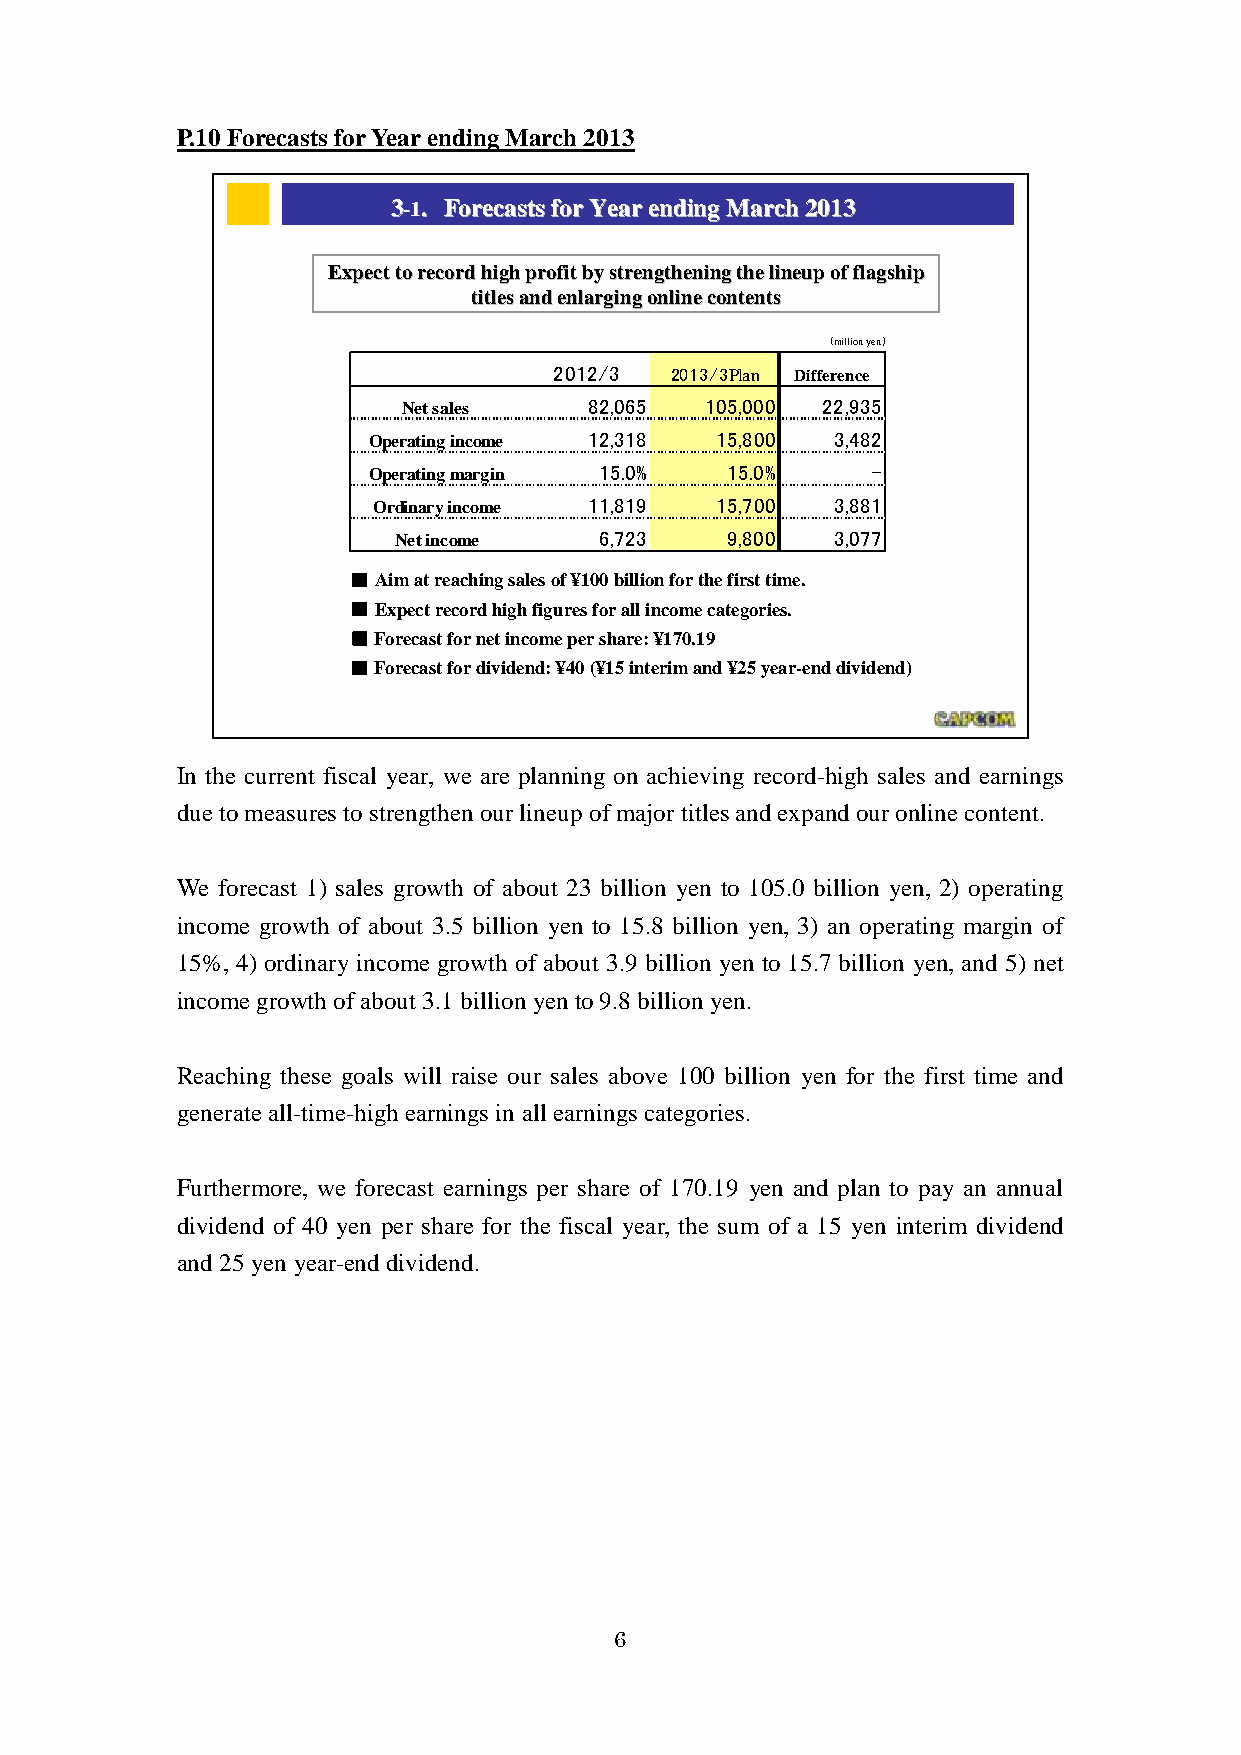
P.10 Forecasts for Year ending March 2013
 33--11.. FFoorreeccaassttss ffoorr YYeeaarr eennddiinngg MMaarrcchh 22001133
 EExxppeecctt ttoo rreeccoorrdd hhiigghh pprrooffiitt bbyy ssttrreennggtthheenniinngg tthhee lliinneeuupp ooff ffllaaggsshhiipp
 ttiittlleess aanndd eennllaarrggiinngg oonnlliinnee ccoonntteennttss
 （million yen）
 2012/3 2013/3Plan Difference
 Net sales   82,065  105,000 22,935
 Operating income 12,318 15,800 3,482
 Operating margin 15.0%  15.0%     -
 Ordinary income 11,819 15,700 3,881
 Net income    6,723   9,800  3,077
 ■Aim at reaching sales of ¥100 billion for the first time.
 ■Expect record high figures for all income categories.
 ■Forecast for net income per share: ¥170.19
 ■Forecast for dividend: ¥40 (¥15 interim and ¥25 year-end dividend)
 1111
 Capcom Public Relations & Investor Relations Section
 In the current fiscal year, we are planning on achieving record-high sales and earnings
 due to measures to strengthen our lineup of major titles and expand our online content.
 We forecast 1) sales growth of about 23 billion yen to 105.0 billion yen, 2) operating
 income growth of about 3.5 billion yen to 15.8 billion yen, 3) an operating margin of
 15%, 4) ordinary income growth of about 3.9 billion yen to 15.7 billion yen, and 5) net
 income growth of about 3.1 billion yen to 9.8 billion yen.
 Reaching these goals will raise our sales above 100 billion yen for the first time and
 generate all-time-high earnings in all earnings categories.
 Furthermore, we forecast earnings per share of 170.19 yen and plan to pay an annual
 dividend of 40 yen per share for the fiscal year, the sum of a 15 yen interim dividend
 and 25 yen year-end dividend.
 6